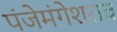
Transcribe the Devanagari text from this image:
पंजेमंगेशराव